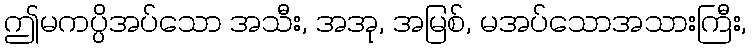
ဤမကပ္ပိအပ်သော အသီး, အအု, အမြစ်, မအပ်သောအသားကြီး,